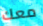
معك